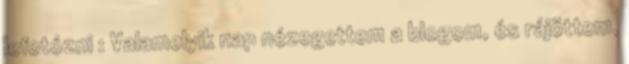
lefotózni : Valamelyik nap nézegettem a blogom, és rájöttem,